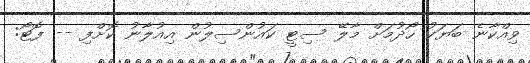
ވިއްކާނެ ބަޔަކު ހޯދުމަށް މާލޭ ސިޓީ ކައުންސިލުން އިއުލާނު ކޮށްފި -- ފޮޓޯ: